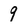
Character: 9